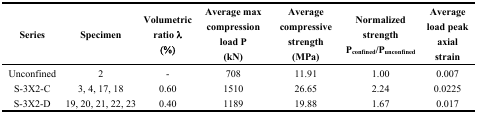
<table><thead><tr><td><b>Series</b></td><td><b>Specimen</b></td><td><b>Volumetric ratio λ (%)</b></td><td><b>Average max compression load P (kN)</b></td><td><b>Average compressive strength (MPa)</b></td><td><b>Normalized strength P<sub>confined</sub>/P<sub>unconfined</sub></b></td><td><b>Average load peak axial strain</b></td></tr></thead><tbody><tr><td>Unconfined</td><td>2</td><td>-</td><td>708</td><td>11.91</td><td>1.00</td><td>0.007</td></tr><tr><td>S-3X2-C</td><td>3, 4, 17, 18</td><td>0.60</td><td>1510</td><td>26.65</td><td>2.24</td><td>0.0225</td></tr><tr><td>S-3X2-D</td><td>19, 20, 21, 22, 23</td><td>0.40</td><td>1189</td><td>19.88</td><td>1.67</td><td>0.017</td></tr></tbody></table>